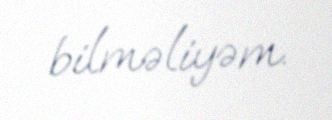
bilməliyəm.